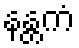
နန္တကံ